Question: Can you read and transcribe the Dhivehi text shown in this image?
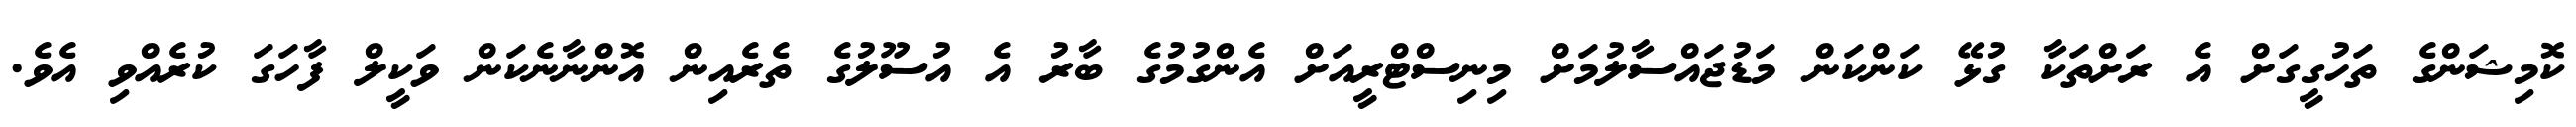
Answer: ކޮމިޝަންގެ ތަހުގީގަށް އެ ރަށްތަކާ ގުޅޭ ކަންކަން މަޑުޖައްސާލުމަށް މިނިސްޓްރީއަށް އެންގުމުގެ ބާރު އެ އުސޫލުގެ ތެރެއިން އޮންނާނެކަން ވަކީލް ފާހަގަ ކުރެއްވި އެވެ.